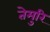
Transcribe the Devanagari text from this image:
तेमुरि